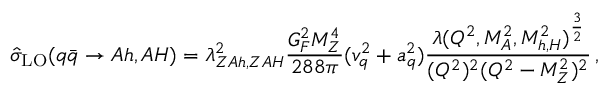
\hat { \sigma } _ { \mathrm { L O } } ( q \bar { q } \to A h , A H ) = \lambda _ { Z A h , Z A H } ^ { 2 } \frac { G _ { F } ^ { 2 } M _ { Z } ^ { 4 } } { 2 8 8 \pi } ( v _ { q } ^ { 2 } + a _ { q } ^ { 2 } ) \frac { \lambda ( Q ^ { 2 } , M _ { A } ^ { 2 } , M _ { h , H } ^ { 2 } ) ^ { \frac { 3 } { 2 } } } { ( Q ^ { 2 } ) ^ { 2 } ( Q ^ { 2 } - M _ { Z } ^ { 2 } ) ^ { 2 } } \, ,